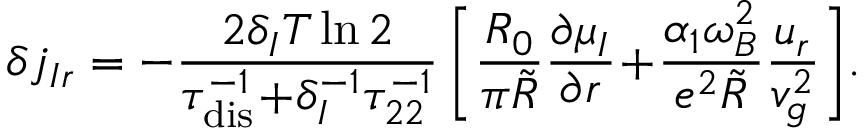
\delta j _ { I r } = - \frac { 2 \delta _ { I } T \ln 2 } { \tau _ { \mathrm { d i s } } ^ { - 1 } \! + \! \delta _ { I } ^ { - 1 } \tau _ { 2 2 } ^ { - 1 } } \left[ \frac { R _ { 0 } } { \pi \tilde { R } } \frac { \partial \mu _ { I } } { \partial r } \! + \! \frac { \alpha _ { 1 } \omega _ { B } ^ { 2 } } { e ^ { 2 } \tilde { R } } \frac { u _ { r } } { v _ { g } ^ { 2 } } \right] \! .